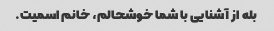
بله از آشنایی با شما خوشحالم، خانم اسمیت.